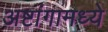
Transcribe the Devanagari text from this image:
अष्टांगामध्ये